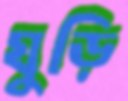
ঘুড়ি